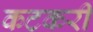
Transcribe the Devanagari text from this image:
कटकरी